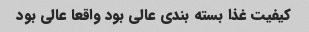
کیفیت غذا بسته بندی عالی بود واقعا عالی بود